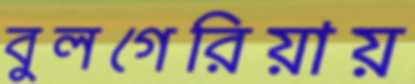
বুলগেরিয়ায়